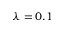
\lambda = 0 . 1